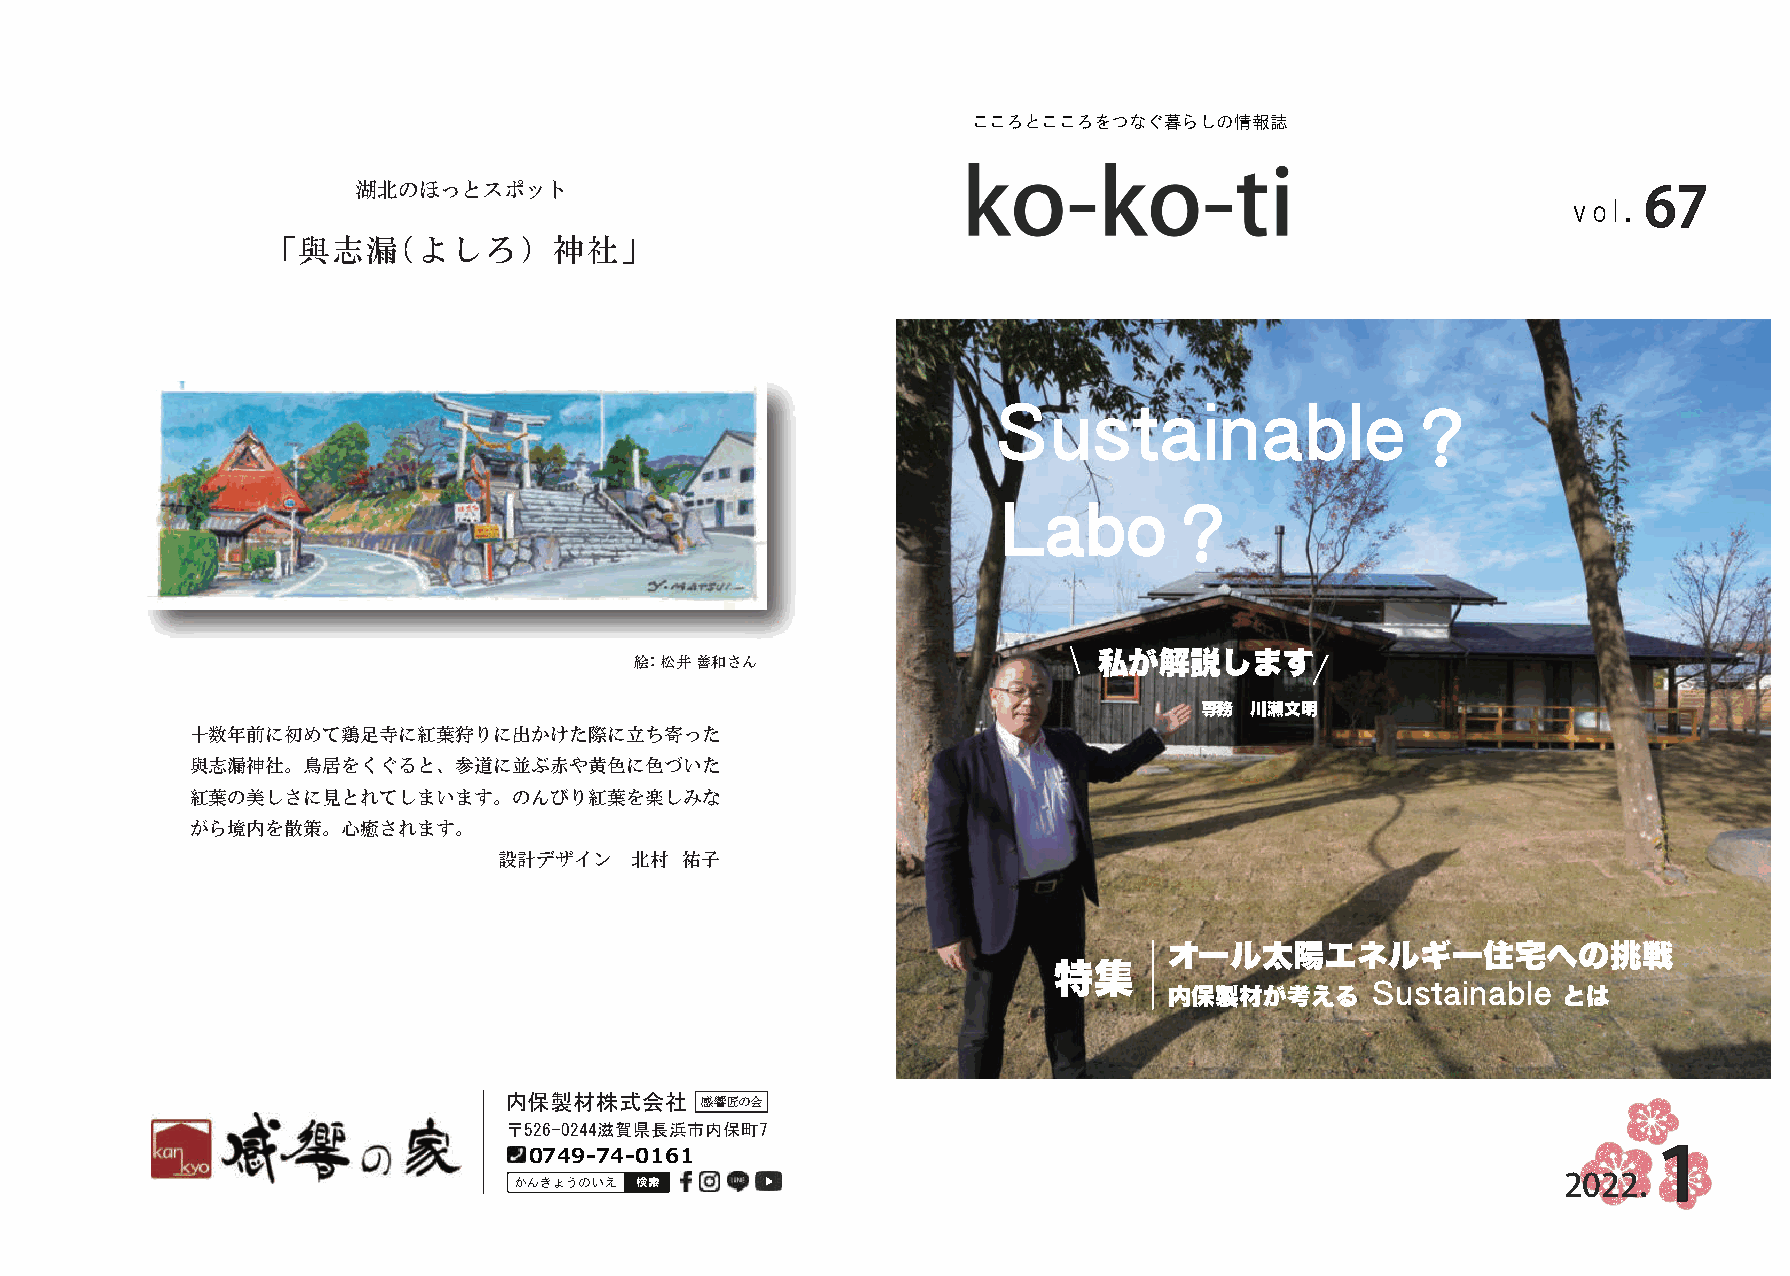
こころとこころをつなぐ暮らしの情報誌
 湖北のほっとスポット                                                                           67
 vol．
 「與志漏（よしろ）神社」
 Sustainable
 ？
 Labo
 ？
 絵：松井 善和さん                      私が解説します
 専務  川瀬文明
 十数年前に初めて鶏足寺に紅葉狩りに出かけた際に立ち寄った
 與志漏神社。鳥居をくぐると、参道に並ぶ赤や黄色に色づいた
 紅葉の美しさに見とれてしまいます。のんびり紅葉を楽しみな
 がら境内を散策。心癒されます。
 設計デザイン   北村 祐子
 オール太陽エネルギー住宅への挑戦
 特集
 Sustainable
 内保製材が考える                  とは
 内保製材株式会社     感響匠の会
 〒526-0244滋賀県長浜市内保町7
 0749-74-0161                                                              １
 2022．
 かんきょうのいえ 検索